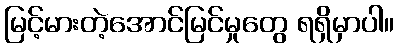
မြင့်မားတဲ့အောင်မြင်မှုတွေ ရရှိမှာပါ။